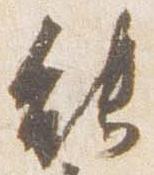
能